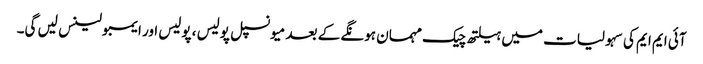
آئی ایم ایم کی سہولیات میں ہیلتھ چیک مہمان ہونگے کے بعد میونسپل پولیس ، پولیس اور ایمبولینس لیں گی۔